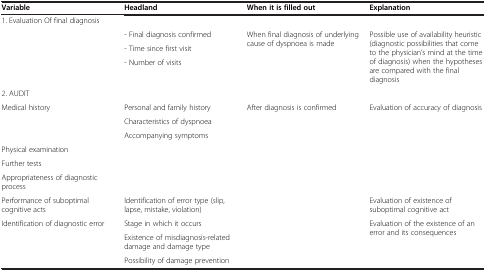
<table><thead><tr><td><b>Variable</b></td><td><b>Headland</b></td><td><b>When it is filled out</b></td><td><b>Explanation</b></td></tr></thead><tbody><tr><td colspan="4">1. Evaluation Of final diagnosis</td></tr><tr><td rowspan="3"> </td><td>- Final diagnosis confirmed</td><td rowspan="3">When final diagnosis of underlying cause of dyspnoea is made</td><td rowspan="3">Possible use of availability heuristic (diagnostic possibilities that come to the physician’s mind at the time of diagnosis) when the hypotheses are compared with the final diagnosis</td></tr><tr><td>- Time since first visit</td></tr><tr><td>- Number of visits</td></tr><tr><td colspan="4">2. AUDIT</td></tr><tr><td rowspan="3">Medical history</td><td>Personal and family history</td><td rowspan="10">After diagnosis is confirmed</td><td rowspan="6">Evaluation of accuracy of diagnosis</td></tr><tr><td>Characteristics of dyspnoea</td></tr><tr><td>Accompanying symptoms</td></tr><tr><td>Physical examination</td><td> </td></tr><tr><td>Further tests</td><td> </td></tr><tr><td>Appropriateness of diagnostic process</td><td> </td></tr><tr><td>Performance of suboptimal cognitive acts</td><td>Identification of error type (slip, lapse, mistake, violation)</td><td>Evaluation of existence of suboptimal cognitive act</td></tr><tr><td rowspan="3">Identification of diagnostic error</td><td>Stage in which it occurs</td><td rowspan="3">Evaluation of the existence of an error and its consequences</td></tr><tr><td>Existence of misdiagnosis-related damage and damage type</td></tr><tr><td>Possibility of damage prevention</td></tr></tbody></table>